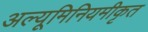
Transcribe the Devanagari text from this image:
अल्यूमिनियमीकृत